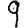
Digit: 9